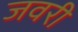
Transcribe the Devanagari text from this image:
जवरी